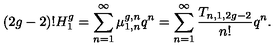
( 2 g - 2 ) ! H _ { 1 } ^ { g } = \sum _ { n = 1 } ^ { \infty } \mu _ { 1 , n } ^ { g , n } q ^ { n } = \sum _ { n = 1 } ^ { \infty } \frac { T _ { n , 1 , 2 g - 2 } } { n ! } q ^ { n } .